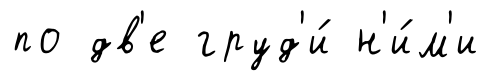
по дв'е груд'и́ н'и́м'и